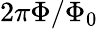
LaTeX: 2\pi\Phi/\Phi_{0}